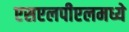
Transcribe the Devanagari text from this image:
एसएलपीएलमध्ये